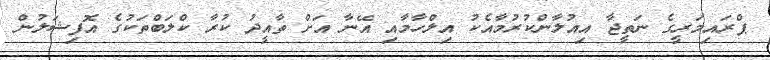
ޕްރައިމަރީގެ ނަތީޖާ އިއުލާންކުރުމާއެކު އިލްހާމާއި އޭނާ އަށް ތާއީދު ކުރާ ކްލަބްތަކުގެ އޮފިޝަލުން